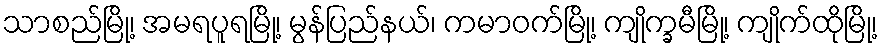
သာစည်မြို့၊ အမရပူရမြို့၊ မွန်ပြည်နယ်၊ ကမာဝက်မြို့၊ ကျိုက္ခမီမြို့၊ ကျိုက်ထိုမြို့၊